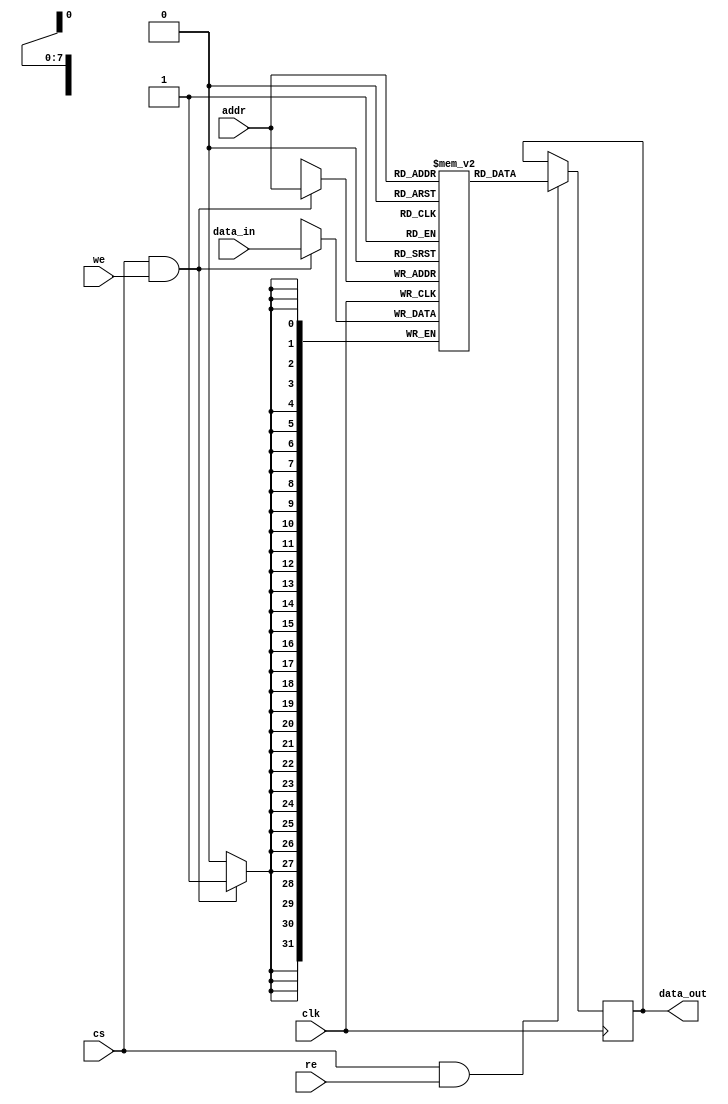
module TCSM #(
    parameter ADDR_WIDTH = 8, // Address width (for 256 locations)
    parameter DATA_WIDTH = 32, // Data width (32 bits)
    parameter MEM_DEPTH = 1 << ADDR_WIDTH // Memory depth
)(
    input wire clk,               // Clock signal
    input wire cs,                // Chip Select
    input wire we,                // Write Enable
    input wire re,                // Read Enable
    input wire [ADDR_WIDTH-1:0] addr, // Address input
    input wire [DATA_WIDTH-1:0] data_in, // Data input for write
    output reg [DATA_WIDTH-1:0] data_out // Data output for read
);

    // Memory array declaration
    reg [DATA_WIDTH-1:0] memory [0:MEM_DEPTH-1];

    // Write operation
    always @(posedge clk) begin
        if (cs && we) begin
            memory[addr] <= data_in; // Write data to memory
        end
    end

    // Read operation
    always @(posedge clk) begin
        if (cs && re) begin
            data_out <= memory[addr]; // Read data from memory
        end
    end

endmodule